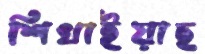
শিখাইয়াছ